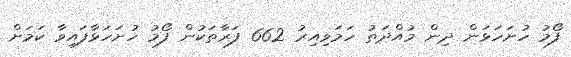
ފޯމު ހުށަހަޅަން ދިން މުއްދަތު ހަމަވިއިރު 662 ފަރާތަކުން ފޯމު ހުށަހަޅާފައިވާ ކަމަށް